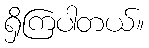
ရှိကြပါတယ်။